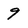
Character: 9